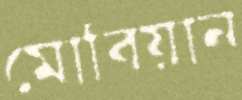
মোবিয়ান